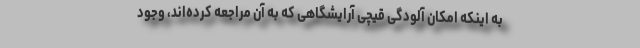
به اینکه امکان آلودگی قیچی آرایشگاهی که به آن مراجعه کرده‌اند، وجود